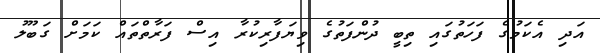
އަދި އެކަމުގެ ފަހަތުގައި ތިބީ ދުންފަތުގެ ވިޔަފާރިކުރާ އިސް ފަރާތްތައް ކަމަށް ގަބޫލު